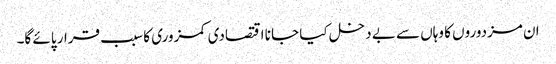
ان مزدوروں کا وہاں سے بے دخل کیا جا نا اقتصادی کمزوری کا سبب قرار پائے گا۔